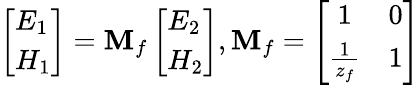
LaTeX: \left[\begin{array}{l}{E_{1}}\\ {H_{1}}\end{array}\right]=\mathbf{M}_{f}\left[\begin{array}{l}{E_{2}}\\ {H_{2}}\end{array}\right],\mathbf{M}_{f}=\left[\begin{array}{cc}{1}&{0}\\ {\frac{1}{z_{f}}}&{1}\end{array}\right]